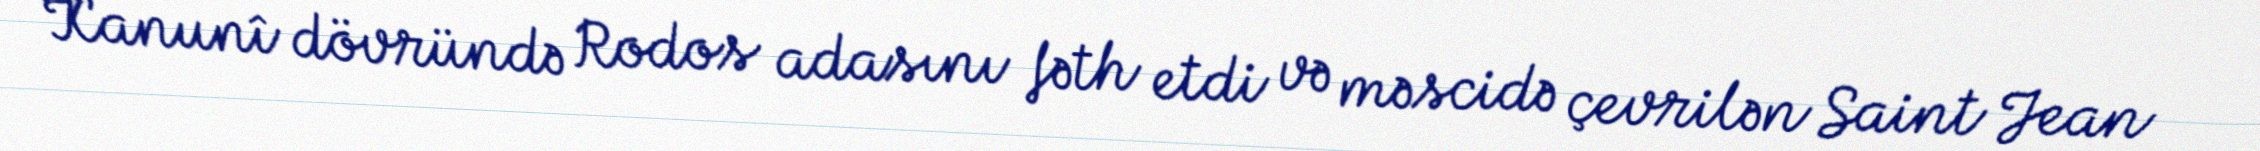
Kanunî dövründə Rodos adasını fəth etdi və məscidə çevrilən Saint Jean